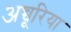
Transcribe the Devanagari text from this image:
अच्चूरिया